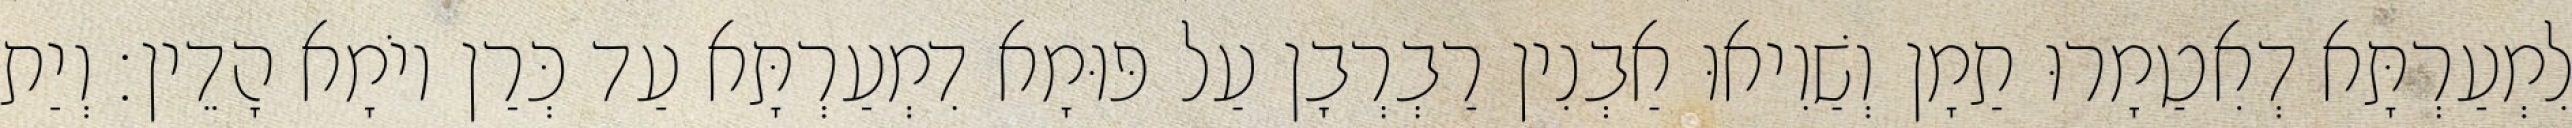
לִמְעַרְתָּא דְאִטַמָרוּ תַמָן וְשַׁוִיאוּ אַבְנִין רַבְרְבָן עַל פּוּמָא דִמְעַרְתָּא עַד כְּרַן יוֹמָא הָדֵין׃ וְיַת